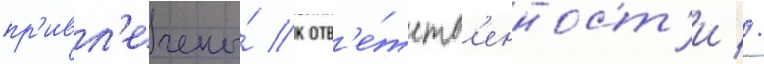
пр'ивл'ечены́ к отв'е́тств'енност'и //